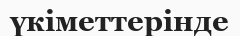
үкіметтерінде